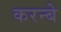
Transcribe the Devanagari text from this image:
करन्बे